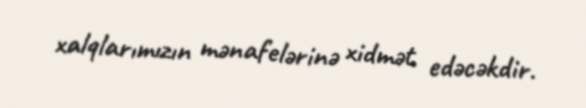
xalqlarımızın mənafelərinə xidmət edəcəkdir.